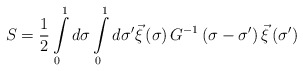
\begin{align*}S=\frac{1}{2}\int\limits_0^1 d\sigma\int\limits_0^1 d\sigma^\prime\vec\xi\left(\sigma\right)G^{-1}\left(\sigma-\sigma^\prime\right)\vec\xi\left(\sigma^\prime\right)\end{align*}